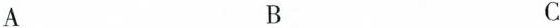
A B C